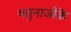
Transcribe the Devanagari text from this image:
यमुनाजीके